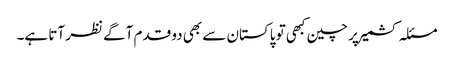
مسئلہ کشمیر پر چین کبھی تو پاکستان سے بھی دو قدم آگے نظر آتا ہے۔